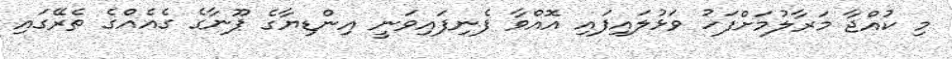
މި ކުއްޖާ މަރާލުމަށްފަހު ވަޅުލައިފައި އޮއްވާ ފެނިފައިވަނީ އިންޑިޔާގެ ޕޫނާގެ ގެއެއްގެ ތެރޭގައި